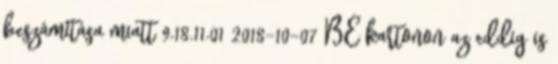
beszámítása miatt 9.18.11.01 2018-10-07 BE kartonon az eddig is